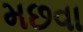
મછવા